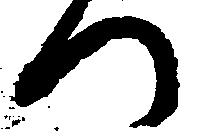
つ